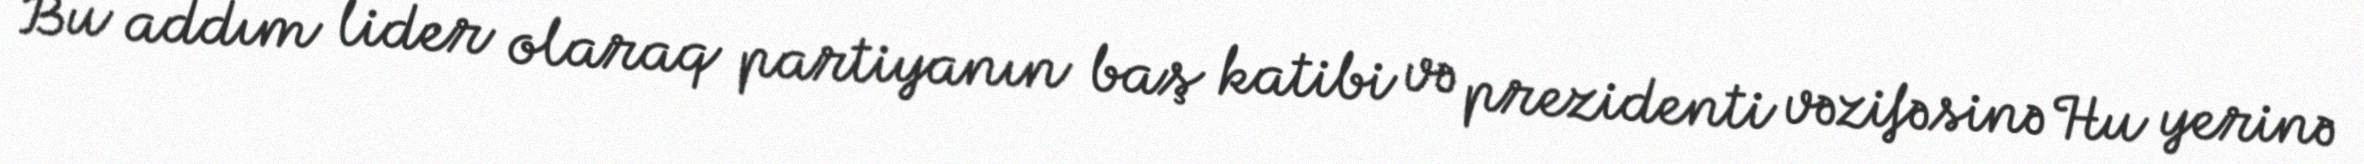
Bu addım lider olaraq partiyanın baş katibi və prezidenti vəzifəsinə Hu yerinə